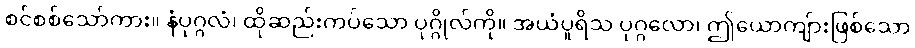
စင်စစ်သော်ကား။ နံပုဂ္ဂလံ၊ ထိုဆည်းကပ်သော ပုဂ္ဂိုလ်ကို။ အယံပူရိသ ပုဂ္ဂလော၊ ဤယောကျ်ားဖြစ်သော